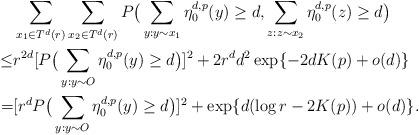
LaTeX: \begin{align*}&\sum_{x_1\in T^d(r)}\sum_{x_2\in T^d(r)}P\big(\sum_{y:y\sim x_1}\eta_0^{d,p}(y)\geq d,\sum_{z:z\sim x_2}\eta_0^{d,p}(z)\geq d\big)\\\leq&r^{2d}[P\big(\sum_{y:y\sim O}\eta^{d,p}_0(y)\geq d\big)]^2+2r^dd^2\exp\{-2dK(p)+o(d)\}\\=&[r^dP\big(\sum_{y:y\sim O}\eta^{d,p}_0(y)\geq d\big)]^2+\exp\{d(\log r-2K(p))+o(d)\}.\end{align*}